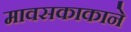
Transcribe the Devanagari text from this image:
मावसकाकाने